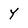
Character: Y